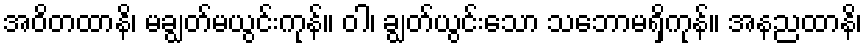
အဝိတထာနိ၊ မချွတ်မယွင်းကုန်။ ဝါ၊ ချွတ်ယွင်းသော သဘောမရှိကုန်။ အနညထာနိ၊